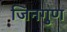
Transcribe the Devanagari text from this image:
जिनगुण